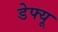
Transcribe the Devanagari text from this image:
डेफ्यू